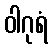
ဝါဂုရံ